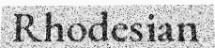
Rhodesian